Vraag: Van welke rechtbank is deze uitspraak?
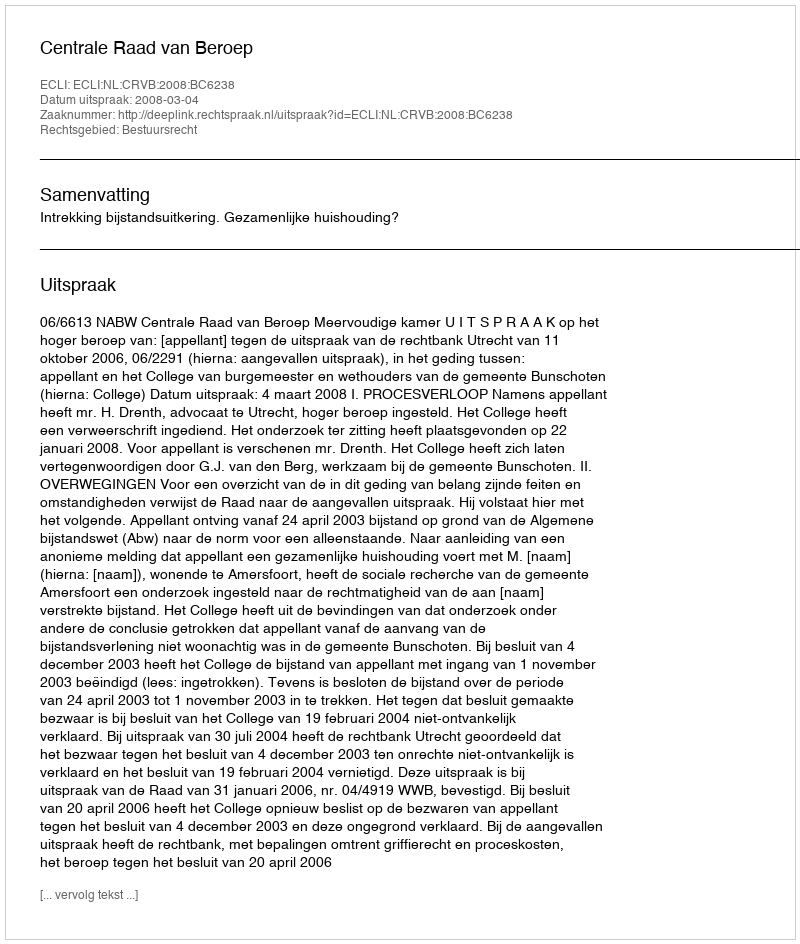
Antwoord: Centrale Raad van Beroep